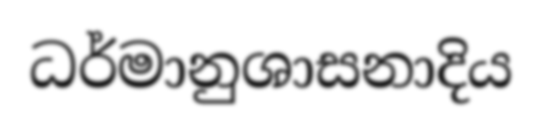
ධර්මානුශාසනාදිය